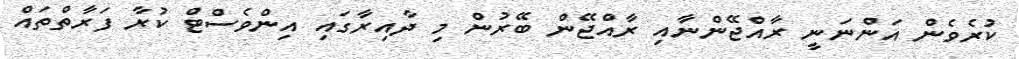
ކުރެވެން އަންނަނީ ރާއްޖޭންނާއި ރާއްޖޭން ބޭރުން މި ދާއިރާގައި އިންވެސްޓް ކުރާ ފަރާތްތައް